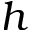
h